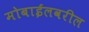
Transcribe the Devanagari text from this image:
मोबाईलवरील